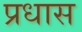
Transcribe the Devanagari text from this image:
प्रधास